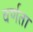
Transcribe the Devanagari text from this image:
वर्णता